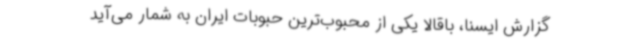
گزارش ایسنا، باقالا یکی از محبوب‌ترین حبوبات ایران به شمار می‌آید